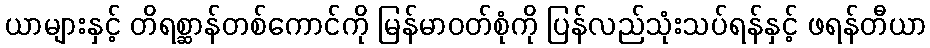
ယာများနှင့် တိရစ္ဆာန်တစ်ကောင်ကို မြန်မာဝတ်စုံကို ပြန်လည်သုံးသပ်ရန်နှင့် ဖရန်တီယာ